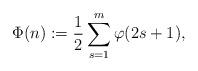
LaTeX: \begin{align*}\Phi(n) := \frac{1}{2} \sum_{s=1}^ {m} \varphi(2s+1),\end{align*}